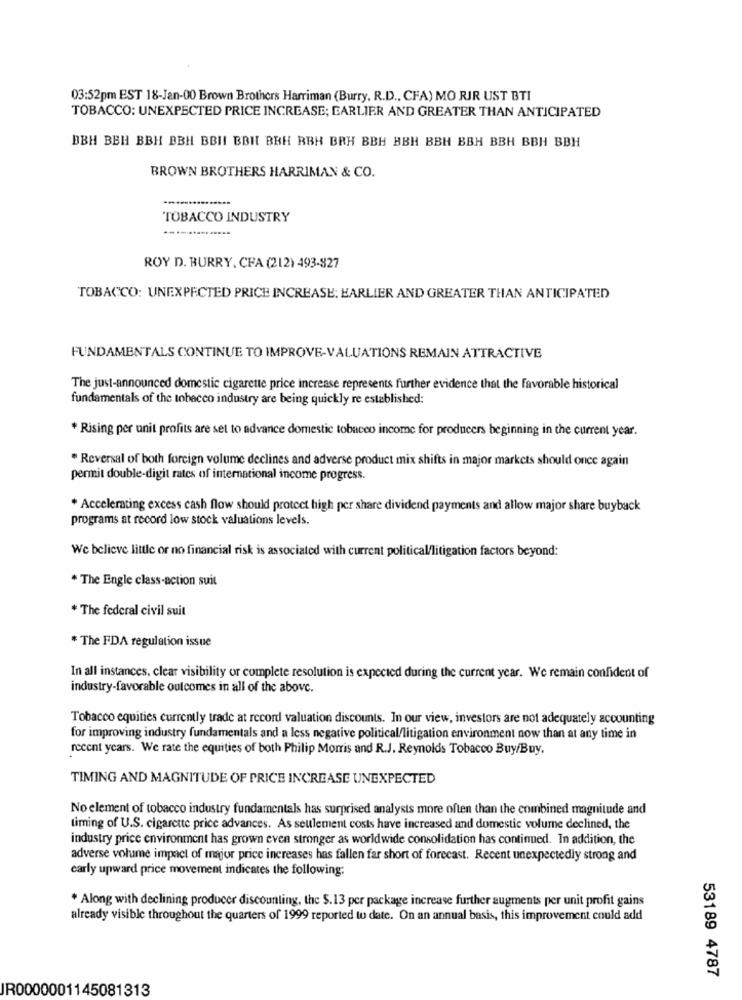
03:52pm EST 18-Jan-00 Brown Brothers Harriman (Burry, R.D ., CFA) MO RIR UST BTI
TOBACCO: UNEXPECTED PRICE INCREASE; EARLIER AND GREATER THAN ANTICIPATED
BBH BBH BBH BBH BBII BBH BRH BBH BRH BBH BBH BBH BBH BBH BBH BBH
BROWN BROTHERS HARRIMAN & CO.
TOBACCO INDUSTRY
ROY D. BURRY, CFA (212) 493-927
TOBACCO: UNEXPECTED PRICE INCREASE: EARLIER AND GREATER THAN ANTICIPATED
FUNDAMENTALS CONTINUE TO IMPROVE-VALUATIONS REMAIN ATTRACTIVE
The just-announced domestic cigarette price increase represents further evidence that the favorable historical
fundamentals of the tobacco industry are being quickly re established:
* Rising per unit profits are set to advance domestic tobacco income for producers beginning in the current year.
" Reversal of both foreign volume declines and adverse product mix shifts in major markets should once again
permit double-digit rates of international income progress.
* Accelerating excess cash flow should protect high per share dividend payments and allow major share buyback
programs at record low stock valuations levels.
We believe little or no financial risk is associated with current political/litigation factors beyond:
* The Engle class-action suit
* The federal civil suit
* The FDA regulation issue
In all instances, clear visibility or complete resolution is expected during the current year. We remain confident of
industry-favorable outcomes in all of the above.
Tobacco equities currently trade at record valuation discounts. In our view, investors are not adequately accounting
for improving industry fundamentals and a less negative political/litigation environment now than at any time in
recent years. We rate the equities of both Philip Morris and R.J. Reynolds Tobacco Buy/Buy.
TIMING AND MAGNITUDE OF PRICE INCREASE UNEXPECTED
No element of tobacco industry fundamentals has surprised analysts more often than the combined magnitude and
timing of U.S. cigarette price advances. As seulement costs have increased and domestic volume declined, the
industry price environment has grown even stronger as worldwide consolidation has continued. In addition, the
adverse volume impact of major price increases has fallen far short of forecast. Recent unexpectedly strong and
early upward price movement indicates the following:
* Along with declining producer discounting, the $.13 per package increase further augments per unit profit gains
already visible throughout the quarters of 1999 reported to date. On an annual basis, this improvement could add
53189 4787
JR0000001145081313